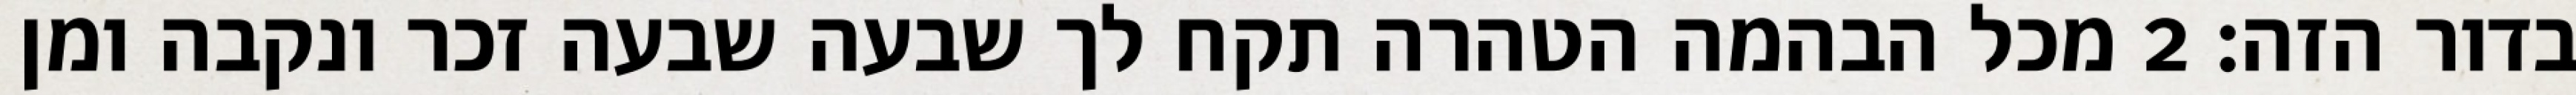
בדור הזה׃ ‎2‏ מכל הבהמה הטהרה תקח לך שבעה שבעה זכר ונקבה ומן